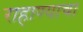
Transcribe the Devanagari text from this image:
राहाण्याचा